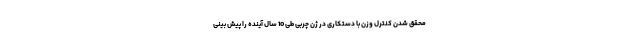
محقق شدن کنترل وزن با دستکاری در ژن چربی طی 10 سال آینده را پیش بینی